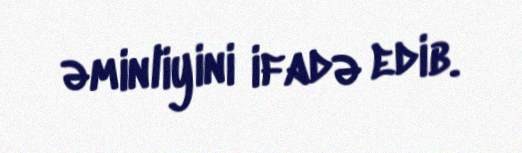
əminliyini ifadə edib.